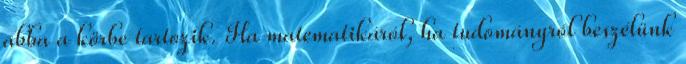
abba a körbe tartozik. Ha matematikáról, ha tudományról beszélünk